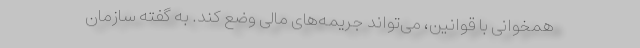
همخوانی با قوانین، می‌تواند جریمه‌های مالی وضع کند. به گفته سازمان